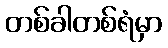
တစ်ခါတစ်ရံမှာ